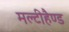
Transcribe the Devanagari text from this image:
मल्टीहैण्ड